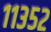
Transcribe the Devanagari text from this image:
११३५२